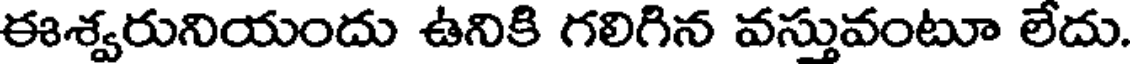
ఈశ్వరునియందు ఉనికి గలిగిన వస్తువంటూ లేదు.